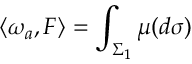
\langle \omega _ { a } , F \rangle = \int _ { \Sigma _ { 1 } } \mu ( d \sigma )